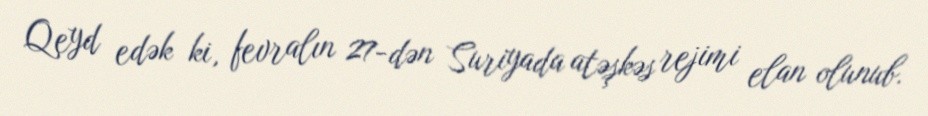
Qeyd edək ki, fevralın 27-dən Suriyada atəşkəs rejimi elan olunub.